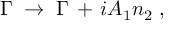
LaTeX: \Gamma \; \to \; \Gamma \, + \, i A _ { 1 } n _ { 2 } \; ,